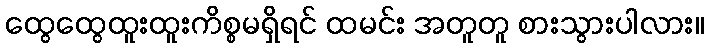
ထွေထွေထူးထူးကိစ္စမရှိရင် ထမင်း အတူတူ စားသွားပါလား။